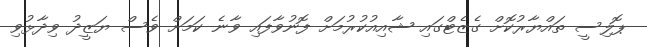
ޕޮލިސީ ތައްޔާރުކޮށް ގެޒެޓްގައި ޝާއިއުކުރުމަށް ފޮނުވާފައި ވާނެ ކަމަށް ވެސް ޔަޒީދު ވިދާޅުވި